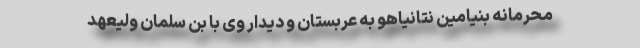
محرمانه بنیامین نتانیاهو به عربستان و دیدار وی با بن سلمان ولیعهد